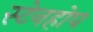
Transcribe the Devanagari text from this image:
स्टेनहोप